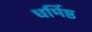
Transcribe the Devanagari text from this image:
धर्मिष्ठ